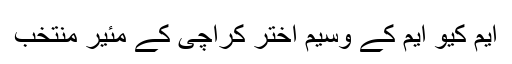
ایم کیو ایم کے وسیم اختر کراچی کے مئیر منتخب